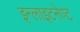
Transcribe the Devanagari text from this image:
इन्लाइटनेण्ट